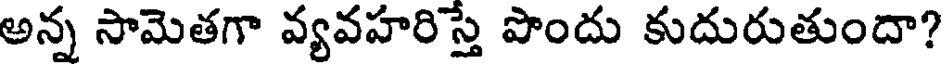
అన్న సామెతగా వ్యవహరిస్తే పొందు కుదురుతుందా?